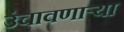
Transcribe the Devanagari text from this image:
उंचावणार्‍या